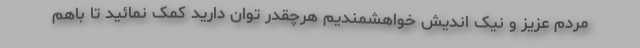
مردم عزیز و نیک اندیش خواهشمندیم هرچقدر توان دارید کمک نمائید تا باهم